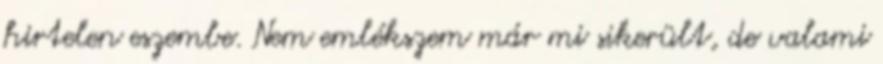
hirtelen eszembe. Nem emlékszem már mi sikerült, de valami